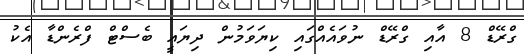
ގްރޭޑް 8 އާއި ގްރޭޑް ނުވައެއްގައި ކިޔަވަމުން ދިޔައީ ބެސްޓް ފްރެންޑާ އެކު